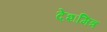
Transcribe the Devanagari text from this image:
देशमित्र